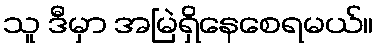
သူ ဒီမှာ အမြဲရှိနေစေရမယ်။